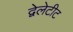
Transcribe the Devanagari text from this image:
द्वेलेटीट